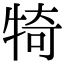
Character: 犄